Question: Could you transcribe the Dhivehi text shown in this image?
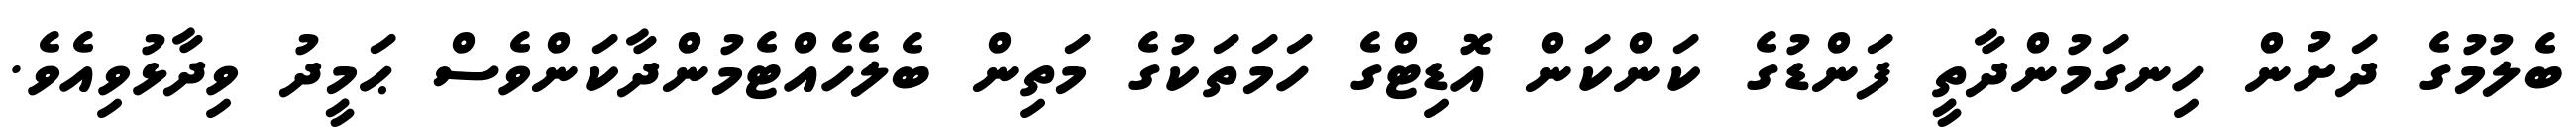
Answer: ބެލުމުގެ ދަށުން ހިނގަމުންދާތީ ފަންޑުގެ ކަންކަން އޮޑިޓްގެ ހަމަތަކުގެ މަތިން ބެލެހެއްޓެމުންދާކަންވެސް ޙަމީދު ވިދާޅުވިއެވެ.